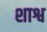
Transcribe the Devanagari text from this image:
शाश्व